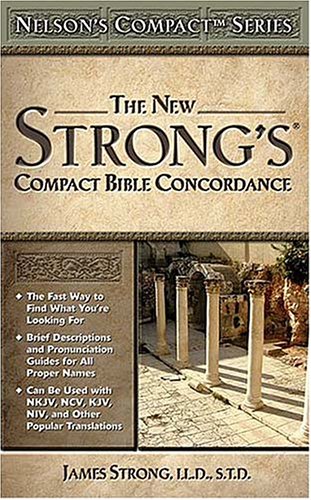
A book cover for Nelson's Compact Series: Compact Bible Concordance; James Strong; Christian Books & Bibles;